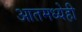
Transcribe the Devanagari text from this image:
आतमध्येही